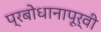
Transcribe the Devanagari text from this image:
प्रबोधानापूर्वी